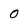
Character: O